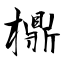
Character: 檙